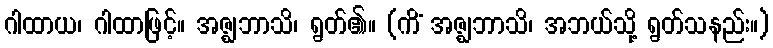
ဂါထာယ၊ ဂါထာဖြင့်။ အဇ္ဈဘာသိ၊ ရွတ်၏။ (ကိံ အဇ္ဈဘာသိ၊ အဘယ်သို့ ရွတ်သနည်း။)